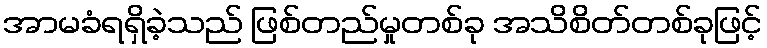
အာမခံရရှိခဲ့သည် ဖြစ်တည်မှုတစ်ခု အသိစိတ်တစ်ခုဖြင့်